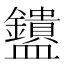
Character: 𬑄